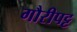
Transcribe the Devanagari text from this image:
गौरीपट्ट